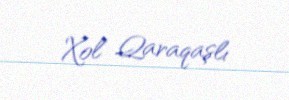
Xol Qaraqaşlı